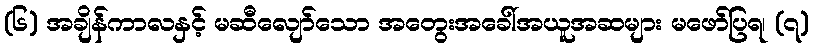
(၆) အချိန်ကာလနှင့် မဆီလျော်သော အတွေးအခေါ်အယူအဆများ မဖော်ပြရ၊ (၇)